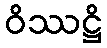
ဝိဿဋ္ဌိ